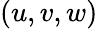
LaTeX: (u,v,w)